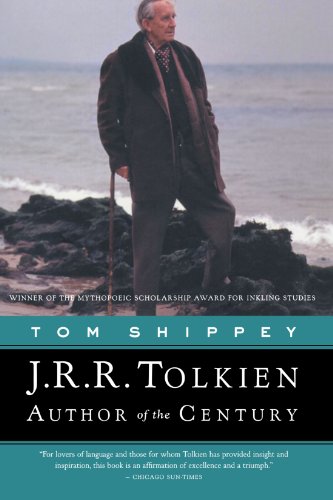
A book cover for J.R.R. Tolkien: Author of the Century; Tom Shippey; Science Fiction & Fantasy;